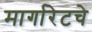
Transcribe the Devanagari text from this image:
मार्गारेटचे